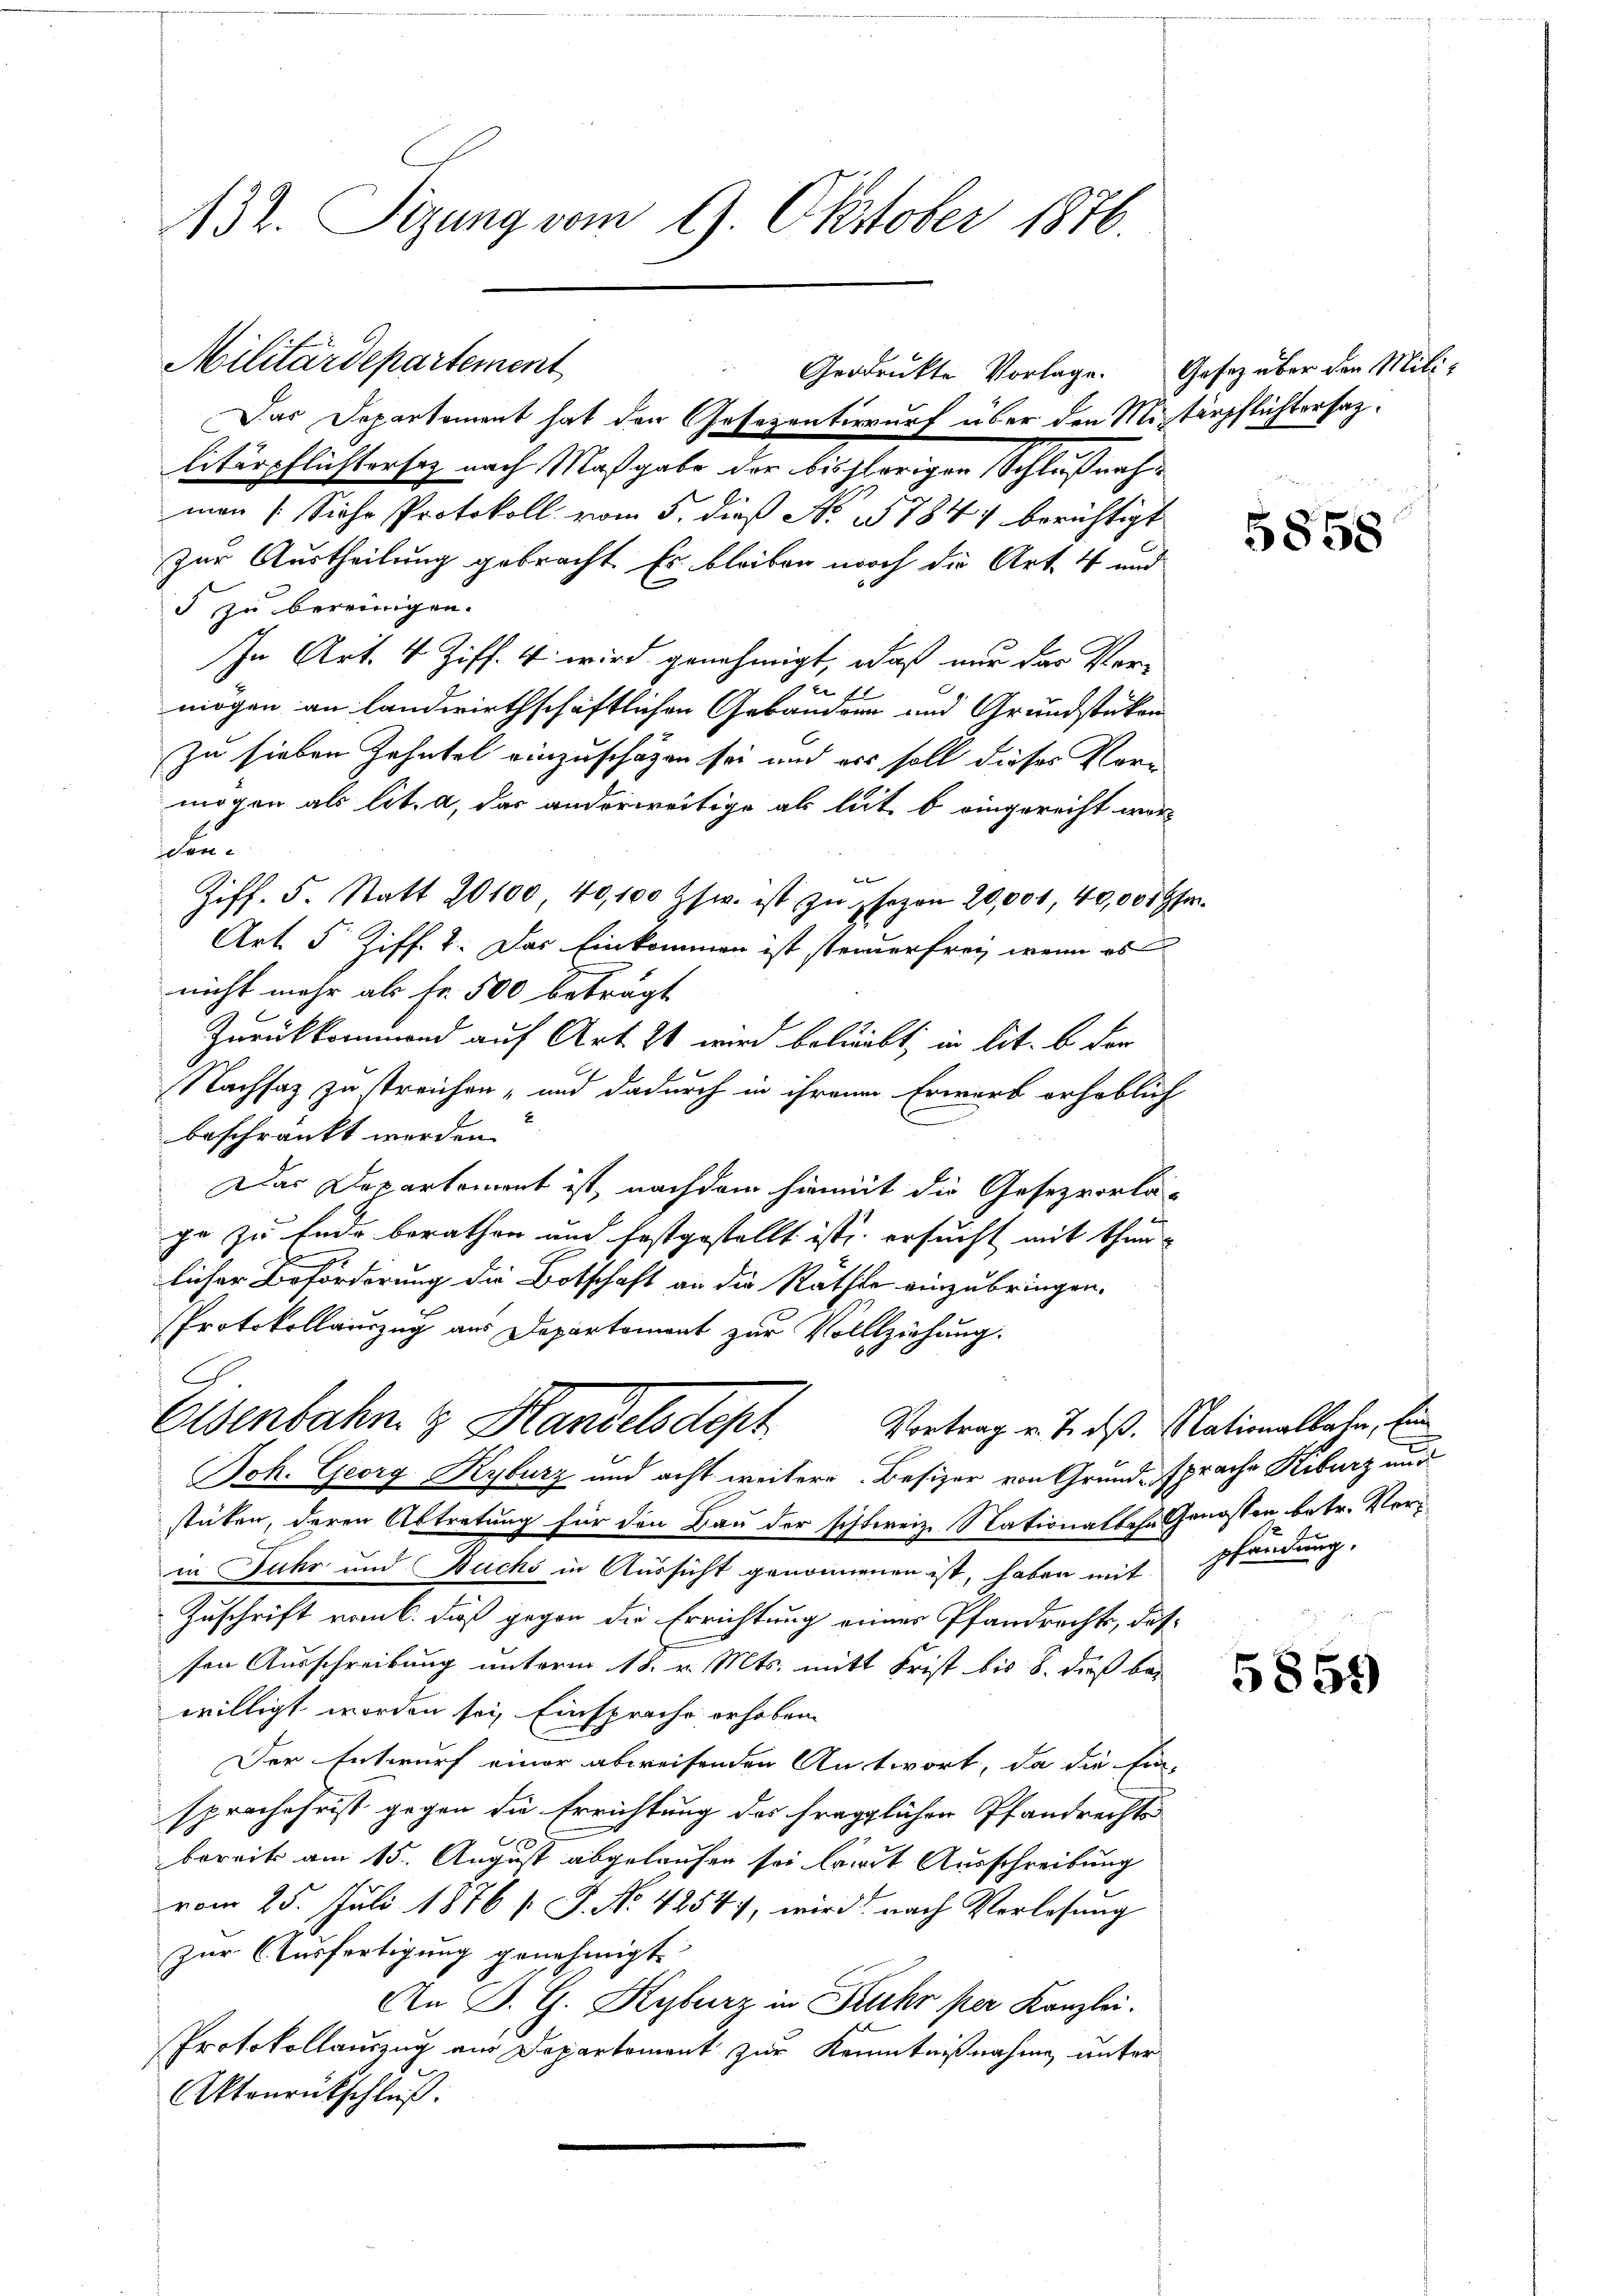
132. Sizung vom 9. Oktober 1876.

Militärdepartement

litärpflichtersatz nach Maßgabe der bisherigen Schlußnahman [Siche Protokoll vom 5. dieß No 5784) berichtigt
zur Austheilung gebracht. Es bleiben noch die Art. 4 und
5 zu bereinigen.
In Art. 4 Ziff. 4 wird genehmigt, daß nur der Ver-
 xx
A
mögen an landwirthschaftlichen Gebäudern und Grundstücken
zu sieben Zehntel einzuschäzen sei und es soll dieses Vorn
mögen als lit. a, das anderweitige als lit. b eingereicht wor
den
el
Ziff. 5. Statt 20100 40,100 Hsw. ist zŭ sezon 20,001, 40,0009.
Art. 5 Ziff. 2. Das Einkommen ist steuerfrei, wenn es
nicht mehr als Fr. 500 beträgt
Zurückkommend auf Art. Es wird beliebt; in lit. b der
Nachsatz zu streichen, und dadurch in ihrem Erwarb erheblich
beschränkt werden?
Das Departement ist, nachdem hiemit die Gesezvorla
ge zu Ende berathen und festgestellt ist, ersucht mit thun
licher Beförderung die Botschaft an die Räthe einzubringen.
Protokollauszug aus Departement zur Vollziehung.
Osenbahn & Handelsdept
Vortrag v. J. dß. Nationalbahn, Ein
Joh. Georg Kyburg und acht weitere Besizer von Grund sprache Kiburz aus
stücken, deren Abtretung für den Bau der schweiz. Nationalbahn Genossen betr. Verin Fuhr und Buchs in Aussicht genommenen ist, haben mit
Zuschrift vom 6. daß gegen die Errichtung eines Pfandrechts, das
sen Ausschreibung unterm 18. v. Mts. mitt Frist bis 8. dieß bei
willigt worden sei, Einsprache erhoben
Der Entwurf einer abweisenden Antwort, da die Ein
sprachefrist gegen die Errichtung des fraglichen Pfandrechts
bereits am 15. August abgelaufen sei breit Ausschreibung
vom 25. Juli 1876 s. S. No. 42547, wird nach Verlosung
zur Ausfertigung genehmigt.
An B. G. Kyburz in Fehr per Kanzlei.
Protokollauszug am Departement zur Kenntnißnahme unter
Aktonrückschluß:

Geodruckte Vorlage.
Das Departement hat den Gesezentirwurf über den Misterpflichtersaz¬

Gesetz über den Mili¬

1.

47

5858

pfändung.

5851)